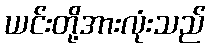
ယင်းတို့အားလုံးသည်